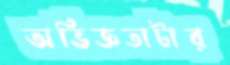
অভিজ্ঞতাটার